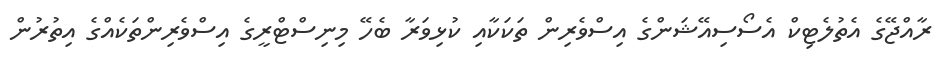
ރާއްޖޭގެ އެތުލެޓިކް އެސޯސިއޭޝަންގެ އިސްވެރިން ތަކަކާއި ކުޅިވަރާ ބެހޭ މިނިސްޓްރީގެ އިސްވެރިންތަކެއްގެ އިތުރުން